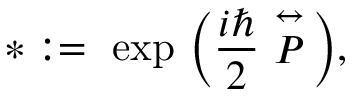
* : = \ \mathrm { e x p } \ \bigg ( \frac { i \hbar } { 2 } \stackrel { \leftrightarrow } { \cal P } \bigg ) ,